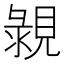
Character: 䚄